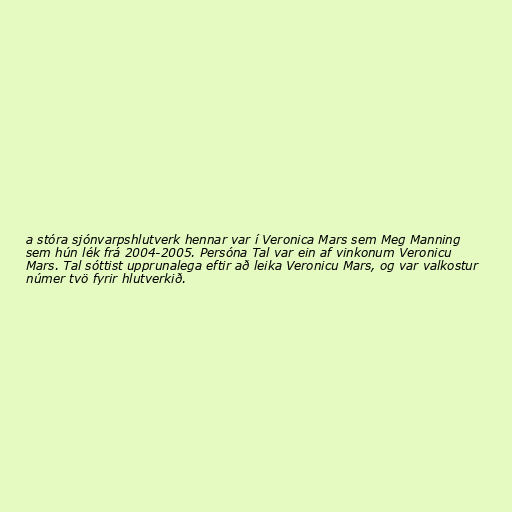
a stóra sjónvarpshlutverk hennar var í Veronica Mars sem Meg Manning
sem hún lék frá 2004-2005. Persóna Tal var ein af vinkonum Veronicu
Mars. Tal sóttist upprunalega eftir að leika Veronicu Mars, og var valkostur
númer tvö fyrir hlutverkið.